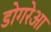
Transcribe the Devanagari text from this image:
डोगरेआ